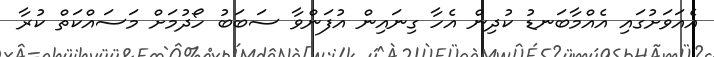
އެއަވަށުގައި އެއްމާބަނޑު ކުދިން އެހާ ގިނައިން އުފަންވާ ސަބަބު ހޯދުމަށް މަސައްކަތް ކުރާ